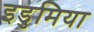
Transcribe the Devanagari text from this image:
इडुमिया